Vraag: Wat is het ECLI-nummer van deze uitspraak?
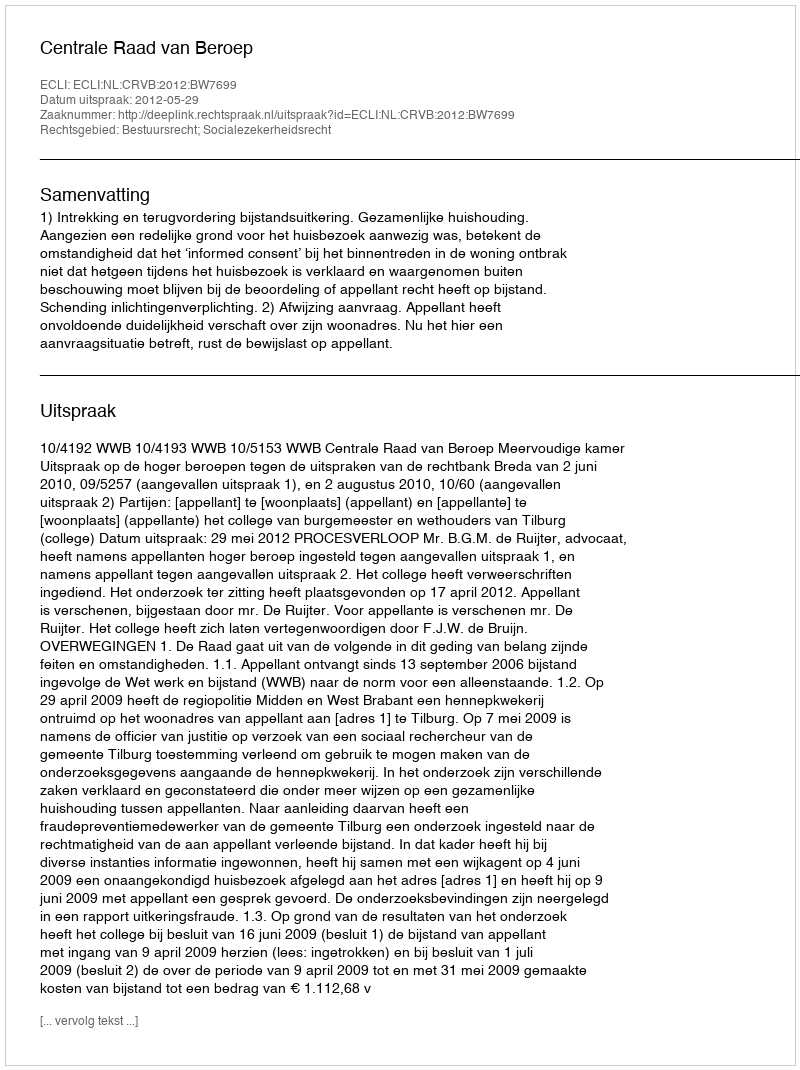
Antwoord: ECLI:NL:CRVB:2012:BW7699